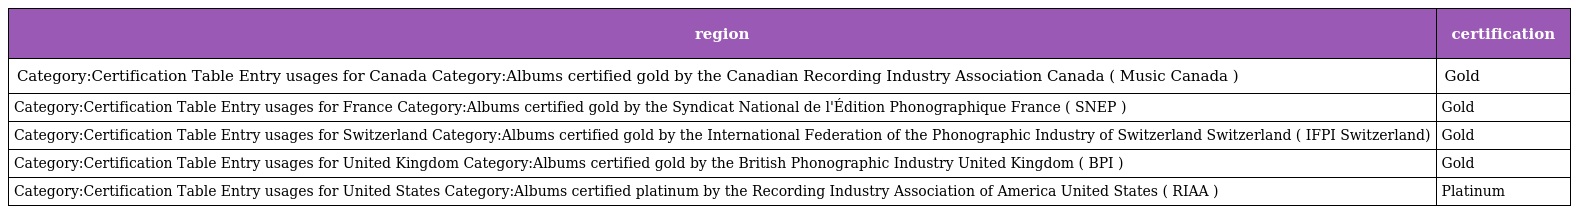
| region | certification |
 | --- | --- |
 | Category:Certification Table Entry usages for Canada Category:Albums certified gold by the Canadian Recording Industry Association Canada ( Music Canada ) | Gold |
 | Category:Certification Table Entry usages for France Category:Albums certified gold by the Syndicat National de l'Édition Phonographique France ( SNEP ) | Gold |
 | Category:Certification Table Entry usages for Switzerland Category:Albums certified gold by the International Federation of the Phonographic Industry of Switzerland Switzerland ( IFPI Switzerland) | Gold |
 | Category:Certification Table Entry usages for United Kingdom Category:Albums certified gold by the British Phonographic Industry United Kingdom ( BPI ) | Gold |
 | Category:Certification Table Entry usages for United States Category:Albums certified platinum by the Recording Industry Association of America United States ( RIAA ) | Platinum |